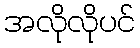
အလိုလိုပင်